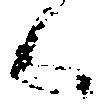
候